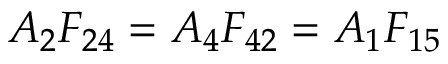
A _ { 2 } F _ { 2 4 } = A _ { 4 } F _ { 4 2 } = A _ { 1 } F _ { 1 5 }